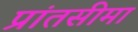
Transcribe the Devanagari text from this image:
प्रांतसीमा